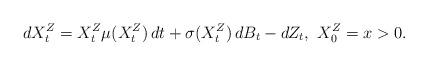
LaTeX: \begin{align*}d X^{Z}_{t} = X^{Z}_{t}\mu(X^{Z}_{t})\,dt + \sigma(X^{Z}_{t})\,dB_{t} -dZ_t, ~X^Z_0=x>0.\end{align*}